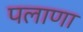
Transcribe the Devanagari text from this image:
पलाणा